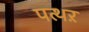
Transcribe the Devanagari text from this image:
पत्थऱ